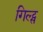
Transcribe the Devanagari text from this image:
गिल्ट्स